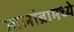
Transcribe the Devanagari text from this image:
आलांब्रामध्ये